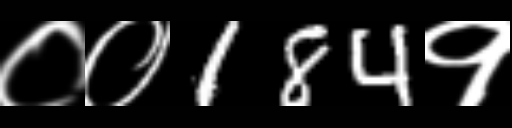
Text: ००184१